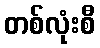
တစ်လုံးစီ